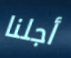
أجلنا